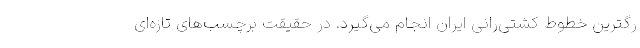
رگترین خطوط کشتی‌رانی ایران انجام می‌گیرد. در حقیقت برچسب‌های تازه‌ای